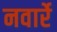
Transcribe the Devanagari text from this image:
नवार्रे